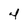
Character: 4